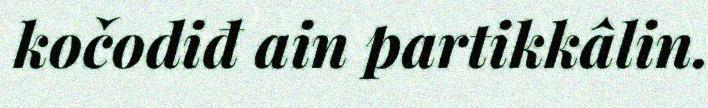
kočodiđ ain partikkâlin.